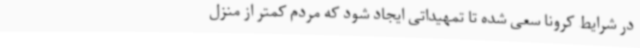
در شرایط کرونا سعی شده تا تمهیداتی ایجاد شود که مردم کمتر از منزل